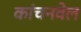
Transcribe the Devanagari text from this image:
कांचनवेल